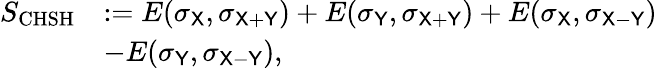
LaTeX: \begin{array}{rl}{S_{\mathrm{CHSH}}}&{:=E(\sigma_{\textsf{X}},\sigma_{\textsf{X+Y}})+E(\sigma_{\textsf{Y}},\sigma_{\textsf{X+Y}})+E(\sigma_{\textsf{X}},\sigma_{\textsf{X}-\textsf{Y}})}\\ &{-E(\sigma_{\textsf{Y}},\sigma_{\textsf{X}-\textsf{Y}}),}\end{array}